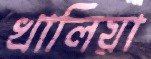
খালিয়া